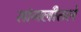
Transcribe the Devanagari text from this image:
सांगलीतले